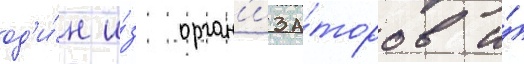
од'и́н и́з орган'иза́торов и́